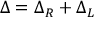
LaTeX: \Delta = \Delta _ { R } + \Delta _ { L }